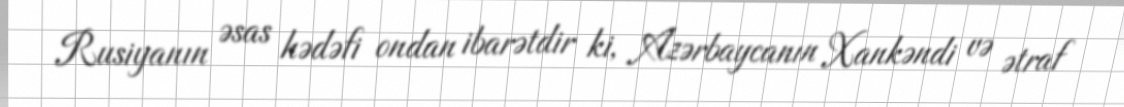
Rusiyanın əsas hədəfi ondan ibarətdir ki, Azərbaycanın Xankəndi və ətraf